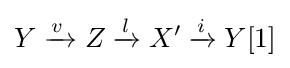
Y\xrightarrow {v\,} Z\xrightarrow {l} X'\xrightarrow {i} Y[1]